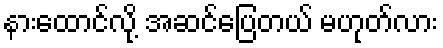
နားထောင်လို့ အဆင်ပြေတယ် မဟုတ်လား